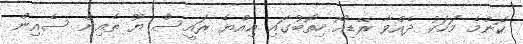
ކޮންމެ މަހަކު ދެއްވާ ރޭޑިއޯ ހިތޯބުގައި އިއްޔެ ރައީސް ޔޫ ތެއިން ސެއިން